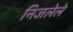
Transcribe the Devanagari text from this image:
निजलेले